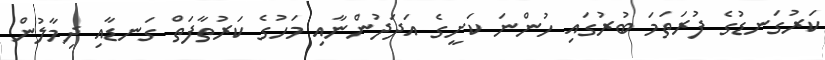
ކަރުގަނޑުގެ ފުރަތަމަ ބުރުގައި ހުންނަ ކަށީގެ އަދަދުންނާއި މަހުގެ ކަރުތާފަތް ގަނޑާއި ދިމާލުން